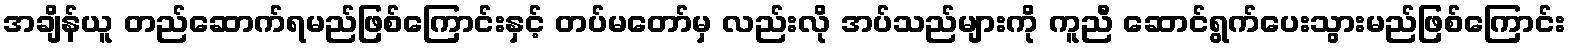
အချိန်ယူ တည်ဆောက်ရမည်ဖြစ်ကြောင်းနှင့် တပ်မတော်မှ လည်းလို အပ်သည်များကို ကူညီ ဆောင်ရွက်ပေးသွားမည်ဖြစ်ကြောင်း